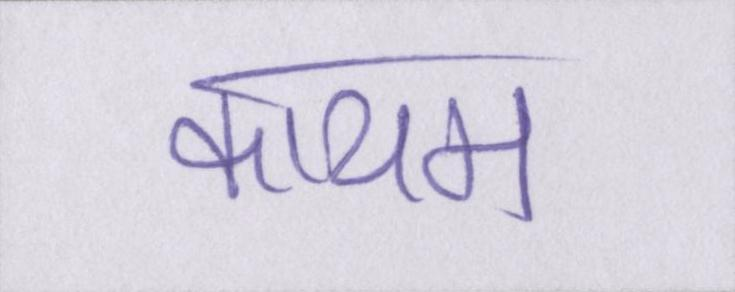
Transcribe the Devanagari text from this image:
कायम